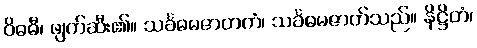
ဝိဓဓီ၊ ဖျက်ဆီး၏။ သင်္ခဓမဇာတကံ၊ သင်္ခဓမဇာတ်သည်။ နိဋ္ဌိတံ၊